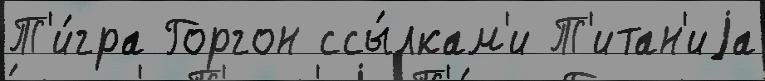
Т'и́гра Горгон ссы́лкам'и Т'итан'иjа